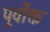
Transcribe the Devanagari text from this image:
पूर्वाेक्त